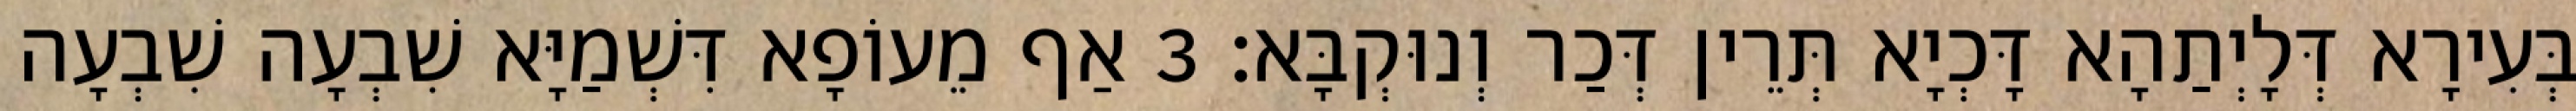
בְּעִירָא דְּלָיְתַהָא דָּכְיָא תְּרֵין דְּכַר וְנוּקְבָּא׃ 3 אַף מֵעוֹפָא דִּשְׁמַיָּא שִׁבְעָה שִׁבְעָה